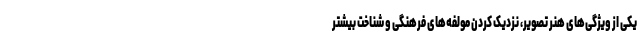
یکی از ویژگی‌های هنر تصویر، نزدیک کردن مولفه‌های فرهنگی و شناخت بیشتر